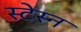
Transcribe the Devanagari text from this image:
स्टेस्न